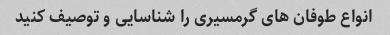
انواع طوفان های گرمسیری را شناسایی و توصیف کنید